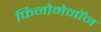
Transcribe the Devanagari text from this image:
फिनोमेनॉन